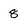
Character: 8